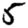
Digit: 5